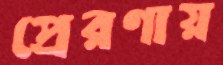
প্রেরণায়